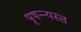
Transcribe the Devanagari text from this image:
पृथन्न्यस्त